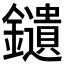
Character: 𨯯